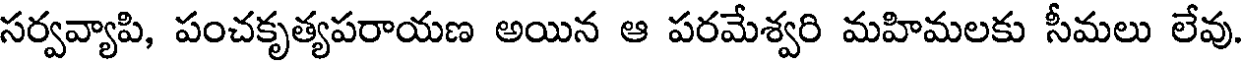
సర్వవ్యాపి, పంచకృత్యపరాయణ అయిన ఆ పరమేశ్వరి మహిమలకు సీమలు లేవు